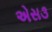
એસ૩